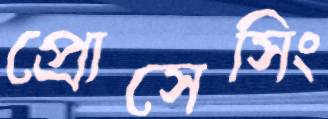
প্রোসেসিং